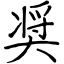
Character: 奨